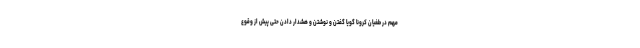
مهم در طغیان کرونا گویا گفتن و نوشتن و هشدار دادن حتی پیش از وقوع